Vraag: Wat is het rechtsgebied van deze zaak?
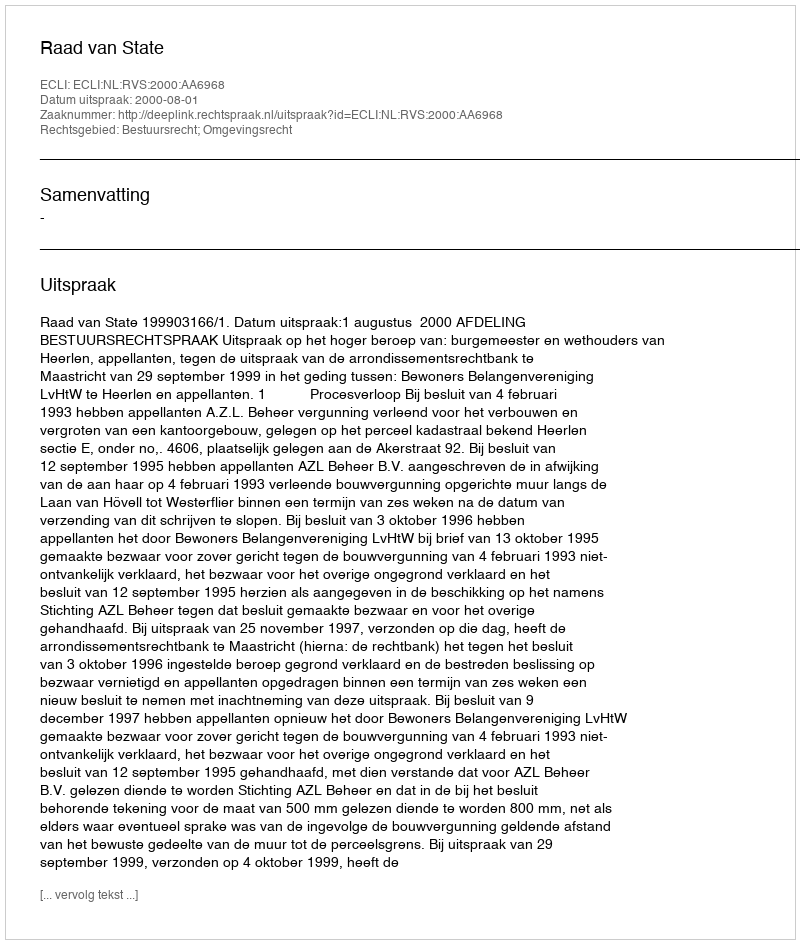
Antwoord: Bestuursrecht; Omgevingsrecht